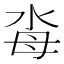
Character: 𣳗